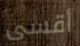
أقسى